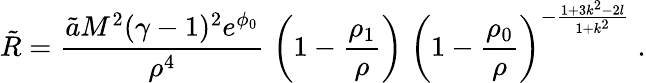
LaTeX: \tilde{R}=\frac{\tilde{a}M^{2}(\gamma-1)^{2}e^{\phi_{0}}}{\rho^{4}}\; \left(1-\frac{\rho_{1}}{\rho}\right)\; \left(1-\frac{\rho_{0}}{\rho}\right)^{-\frac{1+3k^{2}-2l}{1+k^{2}}}\; .